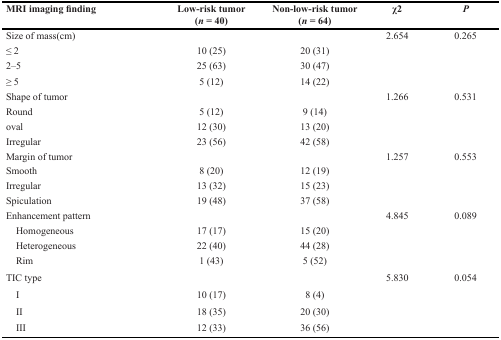
<table><thead><tr><td><b>MRI imaging finding</b></td><td><b>Low-risk tumor(<i>n</i> = 40)</b></td><td><b>Non-low-risk tumor(<i>n</i> = 64)</b></td><td><b>χ2</b></td><td><b><i>P</i></b></td></tr></thead><tbody><tr><td>Size of mass(cm)</td><td></td><td></td><td>2.654</td><td>0.265</td></tr><tr><td>≤ 2</td><td>10 (25)</td><td>20 (31)</td><td></td><td></td></tr><tr><td>2–5</td><td>25 (63)</td><td>30 (47)</td><td></td><td></td></tr><tr><td>≥ 5</td><td>5 (12)</td><td>14 (22)</td><td></td><td></td></tr><tr><td>Shape of tumor</td><td></td><td></td><td>1.266</td><td>0.531</td></tr><tr><td>Round</td><td>5 (12)</td><td>9 (14)</td><td></td><td></td></tr><tr><td>oval</td><td>12 (30)</td><td>13 (20)</td><td></td><td></td></tr><tr><td>Irregular</td><td>23 (56)</td><td>42 (58)</td><td></td><td></td></tr><tr><td>Margin of tumor</td><td></td><td></td><td>1.257</td><td>0.553</td></tr><tr><td>Smooth</td><td>8 (20)</td><td>12 (19)</td><td></td><td></td></tr><tr><td>Irregular</td><td>13 (32)</td><td>15 (23)</td><td></td><td></td></tr><tr><td>Spiculation</td><td>19 (48)</td><td>37 (58)</td><td></td><td></td></tr><tr><td>Enhancement pattern</td><td></td><td></td><td>4.845</td><td>0.089</td></tr><tr><td> Homogeneous</td><td>17 (17)</td><td>15 (20)</td><td></td><td></td></tr><tr><td> Heterogeneous</td><td>22 (40)</td><td>44 (28)</td><td></td><td></td></tr><tr><td> Rim</td><td>1 (43)</td><td>5 (52)</td><td></td><td></td></tr><tr><td>TIC type</td><td></td><td></td><td>5.830</td><td>0.054</td></tr><tr><td> I</td><td>10 (17)</td><td>8 (4)</td><td></td><td></td></tr><tr><td> II</td><td>18 (35)</td><td>20 (30)</td><td></td><td></td></tr><tr><td> III</td><td>12 (33)</td><td>36 (56)</td><td></td><td></td></tr></tbody></table>